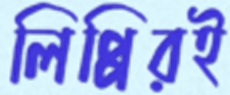
লিপ্পিরই